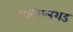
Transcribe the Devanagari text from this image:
एकम्प्लिशड